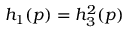
h _ { 1 } ( p ) = h _ { 3 } ^ { 2 } ( p )